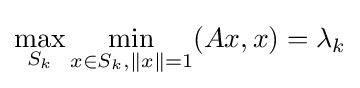
\max _{S_{k}}\min _{x\in S_{k},\|x\|=1}(Ax,x)=\lambda _{k}